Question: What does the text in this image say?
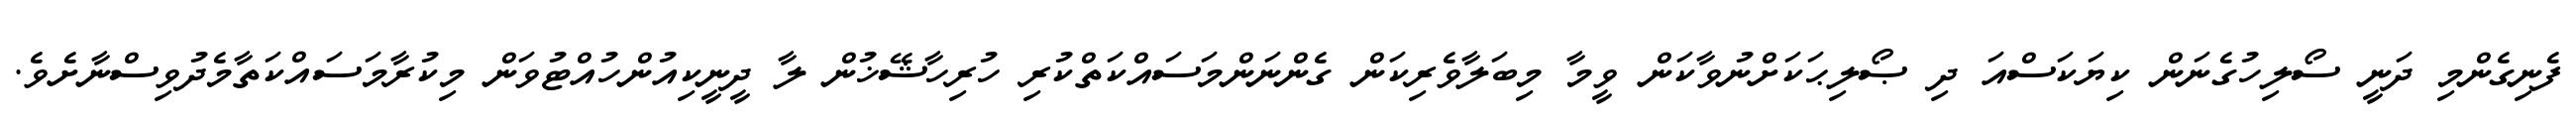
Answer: ފެނިގެންމި ދަނީ ސޯލިހުގެނަން ކިޔަކަސްއަ ދި ޞޯލިޙަކަށްނުވާކަން ވީމާ މިބަލާވެރިކަން ގެންނަންމަސައްކަތްކުރި ހުރިހާޝޭޚުން ލާ ދީނީކިއުންހުއްޓުވަން މިކުރާމަސައްކަތާމެދުވިސްނާށެވެ.